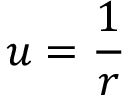
u = { \frac { 1 } { r } }